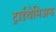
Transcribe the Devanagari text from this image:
ट्राईथेमिअस